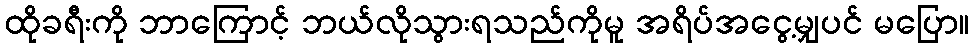
ထိုခရီးကို ဘာကြောင့် ဘယ်လိုသွားရသည်ကိုမူ အရိပ်အငွေ့မျှပင် မပြော။